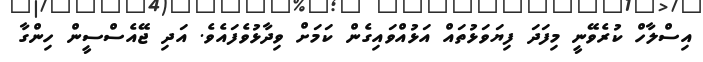
އިސްލާހް ކުރެވޭނީ މިފަދަ ފިޔަވަޅުތައް އަޅުއްވައިގެން ކަމަށް ވިދާޅުވެފައެވެ. އަދި ޖޭއެސްސީން ހިންގާ